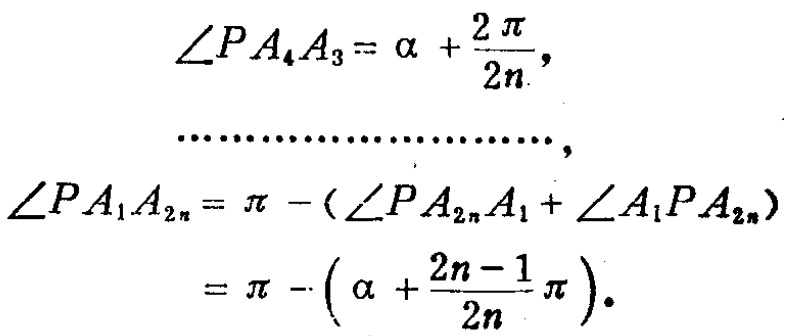
\[\begin{align*}
\angle PA_{4}A_{3}&=\alpha+\frac{2\pi}{2n},\\
&\cdots\cdots\cdots\cdots\cdots\cdots\cdots\cdots,\\
\angle PA_{1}A_{2n}&=\pi - (\angle PA_{2n}A_{1}+\angle A_{1}PA_{2n})\\
&=\pi - \left(\alpha+\frac{2n - 1}{2n}\pi\right).
\end{align*}\]